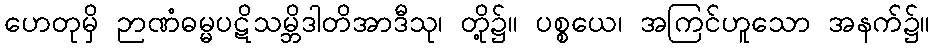
ဟေတုမှိ ဉာဏံဓမ္မပဋိသမ္ဘိဒါတိအာဒီသု၊ တို့၌။ ပစ္စယေ၊ အကြင်ဟူသော အနက်၌။